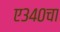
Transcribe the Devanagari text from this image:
ए३४०चा